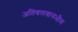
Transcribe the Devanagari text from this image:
अतिबलवानभीम